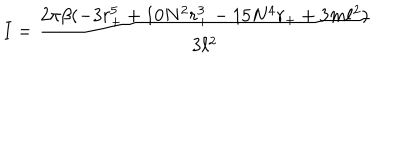
I = \frac { 2 \pi \beta ( - 3 r _ { + } ^ { 5 } + 1 0 N ^ { 2 } r _ { + } ^ { 3 } - 1 5 N ^ { 4 } r _ { + } + 3 m \ell ^ { 2 } ) } { 3 \ell ^ { 2 } }